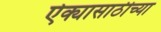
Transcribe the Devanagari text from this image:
ऐक्यासाठीच्या